Annual vaccination report of Bihar and Orissa - 1911-1928
Year: 1911
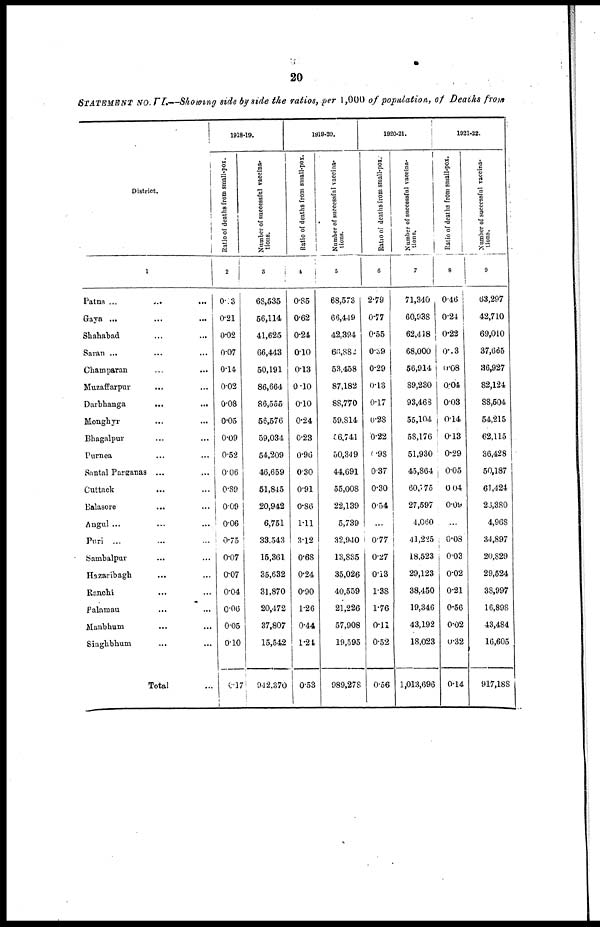
20
STATEMENT NO. VI.—Showing side by side the ratios, per 1,000 of population, of Deaths from
District.
1
Patna
...
...
...
Gaya ... ... ...
Shahabad
...
...
Saran ... ... ...
Champaran ... ... ...
Muzaffarpur ... ... ...
Darbhanga
...
...
...
Monghyr ... ...
Bhagalpur ... ...
Purnea ... ...
Santal Parganas ... ...
Cuttack
...
...
Balasore ... ...
Angul ... ...
Puri ... ...
Sambalpur
Hazaribagh ... ...
Ranchi ... ...
Palamau ... ...
Manbhum ... ...
Singhbhum ... ...
Total ...
1918-19.
Ratio of deaths from small-pox.
2
0.03
0.21
0.02
0.07
0.14
0.02
0.08
0.05
0.09
0.52
0.06
0.89
0.09
0.06
0.75
0.07
0.07
0.04
0.06
0.05
0.10
0.17
Number of successful vaccina-
tions.
3
68,535
56,114
41,625
66,443
50,191
86,664
86,555
56,576
59,034
54,209
46,659
51,845
20,942
6,751
33,543
15,361
35,632
31,870
20,472
37,807
15,542
942,370
1919-20.
Ratio of deaths from small-pox.
4
0.85
0.62
0.24
0.10
0.13
0.10
0.10
0.24
0.23
0.96
0.30
0.91
0.86
1.11
3.12
0.68
0.24
0.90
1.26
0.44
1.24
0.53
Number of successful vaccina-
tions.
5
68,573
66,449
42,394
66,882
53,458
87,182
88,770
59,814
56,741
50,349
44,691
55,008
22,139
5,739
32,940
13,835
35,026
40,559
21,226
57,908
19,595
989,278
1920-21.
Ratio of deaths from small-pox.
6
2.79
0.77
0.55
0.39
0.29
0.13
0.17
0.28
0.22
0.98
0.37
0.30
0.54
0.77
0.27
0.13
1.38
1.76
0.11
0.52
0.56
Number of successful vaccina-
tions.
7
71,340
60,938
62,418
68,000
56,914
89,230
93,468
55,104
58,176
51,930
45,864
60,775
27,597
4,060
41,225
18,523
29,123
38,450
19,346
43,192
18,023
1,013,696
1921-22.
Ratio of deaths from small-pox.
8
0.46
0.24
0.22
0.03
0.08
0.04
0.03
0.14
0.13
0.29
0.05
0.04
0.09
...
0.08
0.03
0.02
0.21
0.56
0.02
0.32
0.14
Number of suceessful vaccina-
tions.
9
63,297
42,710
69,010
37,665
36,927
82,124
88,504
54,215
62,115
36,428
50,187
61,424
23,380
4,968
34,897
20,829
29,524
38,997
16,898
43,484
16,605
917,188